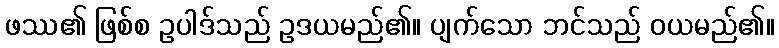
ဖဿ၏ ဖြစ်စ ဥပါဒ်သည် ဥဒယမည်၏။ ပျက်သော ဘင်သည် ဝယမည်၏။